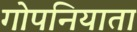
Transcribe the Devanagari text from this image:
गोपनियाता